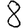
Digit: 8